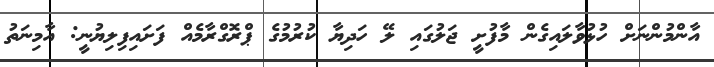
އާންމުންނަށް ހުޅުވާލައިގެން މާފުށީ ޖަލުގައި ލޭ ހަދިޔާ ކުރުމުގެ ޕްރޮގްރާމެއް ފަށައިފިލިޔުނީ: އާމިނަތު